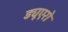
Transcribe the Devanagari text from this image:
ड्यूएरो